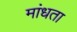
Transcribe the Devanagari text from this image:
मांधता